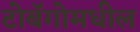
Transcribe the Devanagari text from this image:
टोबॅगोमधील